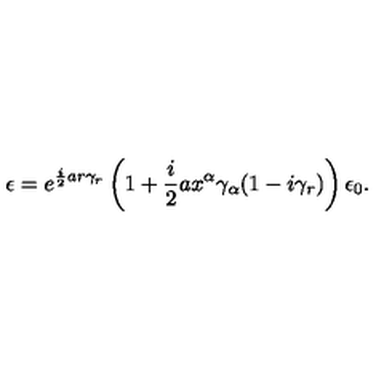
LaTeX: \epsilon = e ^ { \frac { i } { 2 } a r \gamma _ { r } } \left( 1 + \frac { i } { 2 } a x ^ { \alpha } \gamma _ { \alpha } ( 1 - i \gamma _ { r } ) \right) \epsilon _ { 0 } .